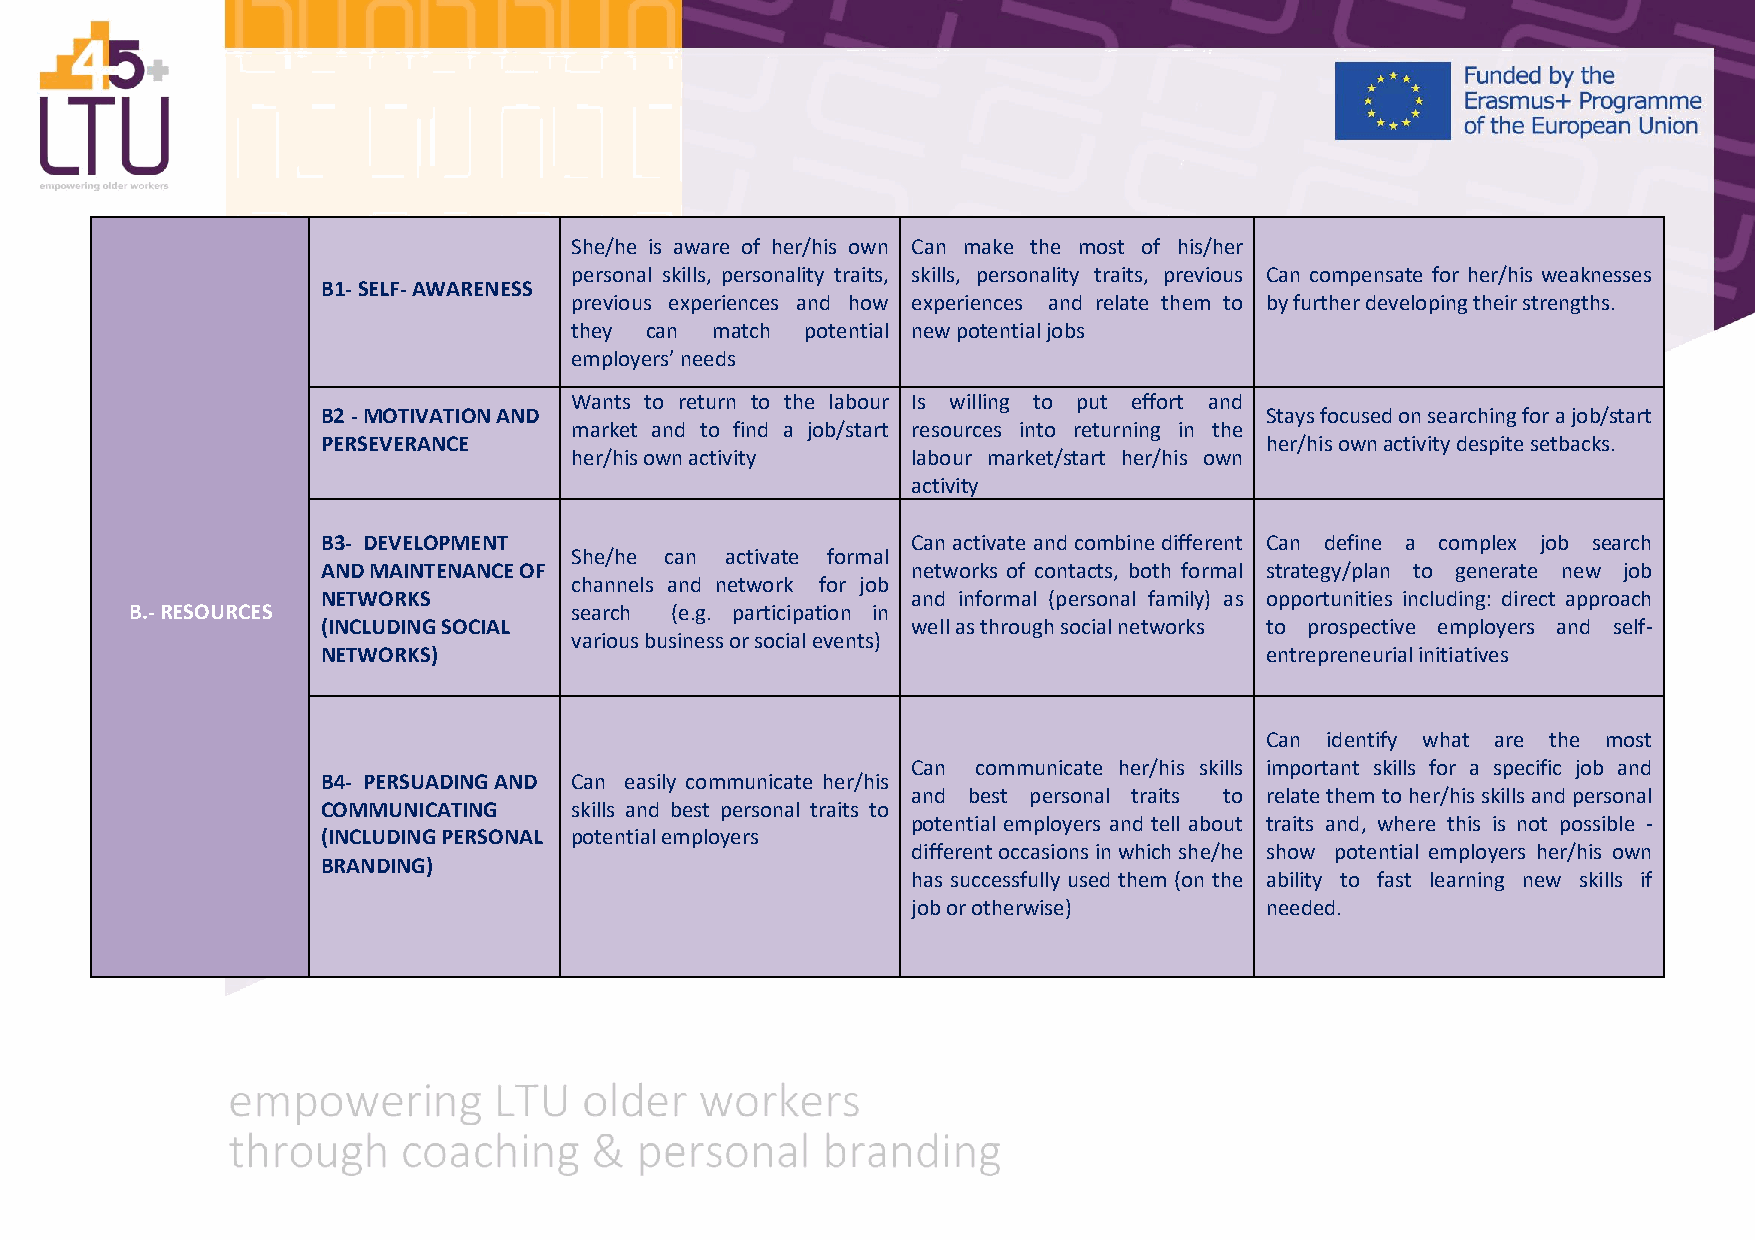
She/he is aware of her/his own Can make the most of his/her
 personal skills, personality traits, skills, personality traits, previous Can compensate for her/his weaknesses
 B1- SELF- AWARENESS
 previous experiences and how experiences and relate them to by further developing their strengths.
 they can match potential new potential jobs
 employers’ needs
 Wants to return to the labour Is willing to put effort and
 B2 - MOTIVATION AND                                            Stays focused on searching for a job/start
 market and to find a job/start resources into returning in the
 PERSEVERANCE                                                   her/his own activity despite setbacks.
 her/his own activity  labour market/start her/his own
 activity
 B3- DEVELOPMENT                        Can activate and combine different Can define a complex job search
 She/he can activate formal
 AND MAINTENANCE OF                     networks of contacts, both formal strategy/plan to generate new job
 channels and network for job
 NETWORKS                               and informal (personal family) as opportunities including: direct approach
 B.- RESOURCES                search (e.g. participation in
 (INCLUDING SOCIAL                      well as through social networks to prospective employers and self-
 various business or social events)
 NETWORKS)                                                      entrepreneurial initiatives
 Can identify what are the most
 Can  communicate her/his skills important skills for a specific job and
 B4- PERSUADING AND Can easily communicate her/his
 and best personal traits to relate them to her/his skills and personal
 COMMUNICATING    skills and best personal traits to
 potential employers and tell about traits and, where this is not possible -
 (INCLUDING PERSONAL potential employers
 different occasions in which she/he show potential employers her/his own
 BRANDING)
 has successfully used them (on the ability to fast learning new skills if
 job or otherwise)       needed.